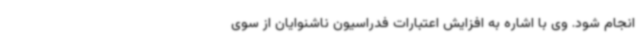
انجام شود. وی با اشاره به افزایش اعتبارات فدراسیون ناشنوایان از سوی